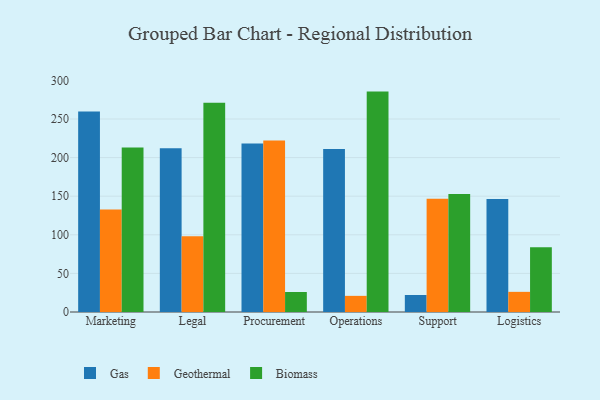
{"axis": {"x": "Department", "y": "Customer Acquisition Cost (USD)"}, "legend": ["Biomass", "Gas", "Geothermal"], "data": [{"x": "Marketing", "y": 259.8, "type": "Gas"}, {"x": "Marketing", "y": 132.9, "type": "Geothermal"}, {"x": "Marketing", "y": 213.2, "type": "Biomass"}, {"x": "Legal", "y": 212.1, "type": "Gas"}, {"x": "Legal", "y": 98.0, "type": "Geothermal"}, {"x": "Legal", "y": 271.0, "type": "Biomass"}, {"x": "Procurement", "y": 218.2, "type": "Gas"}, {"x": "Procurement", "y": 222.0, "type": "Geothermal"}, {"x": "Procurement", "y": 25.9, "type": "Biomass"}, {"x": "Operations", "y": 211.0, "type": "Gas"}, {"x": "Operations", "y": 20.9, "type": "Geothermal"}, {"x": "Operations", "y": 285.5, "type": "Biomass"}, {"x": "Support", "y": 22.0, "type": "Gas"}, {"x": "Support", "y": 146.6, "type": "Geothermal"}, {"x": "Support", "y": 152.9, "type": "Biomass"}, {"x": "Logistics", "y": 146.4, "type": "Gas"}, {"x": "Logistics", "y": 26.1, "type": "Geothermal"}, {"x": "Logistics", "y": 84.0, "type": "Biomass"}]}